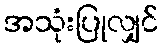
အသုံးပြုလျှင်